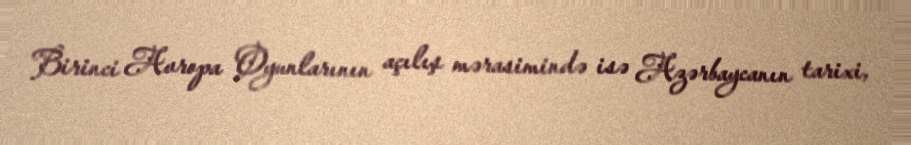
Birinci Avropa Oyunlarının açılış mərasimində isə Azərbaycanın tarixi,